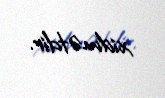
xidmətdir.